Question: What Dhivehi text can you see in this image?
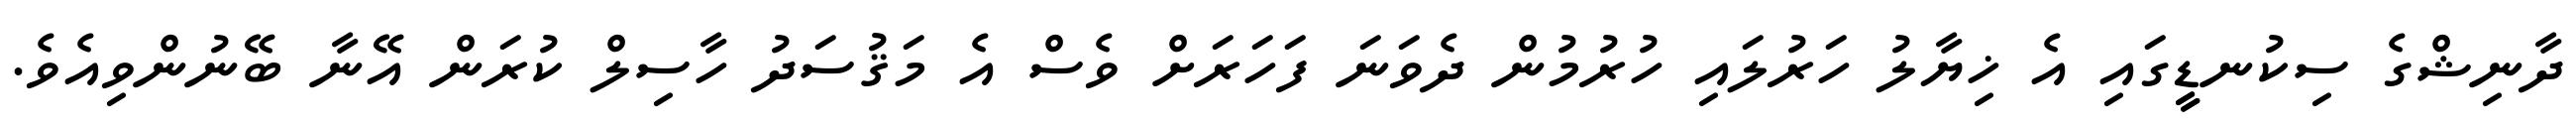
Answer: ދާނިޝްގެ ސިކުނޑީީގައި އެ ޚިޔާލު ހަރުލައި ހުރުމުން ދެވަނަ ފަހަރަށް ވެސް އެ މަޤުސަދު ހާސިލް ކުރަން އޭނާ ބޭނުންވިއެވެ.